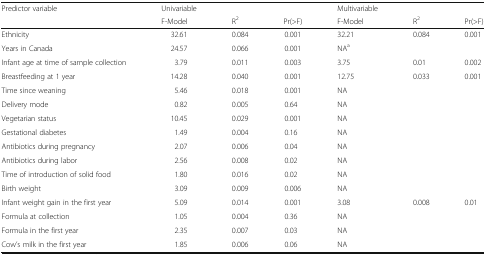
<table><thead><tr><td rowspan="2"><b>Predictor variable</b></td><td><b>Univariable</b></td><td colspan="2"></td><td><b>Multivariable</b></td><td colspan="2"></td></tr><tr><td><b>F-Model</b></td><td><b>R<sup>2</sup></b></td><td><b>Pr(&gt;F)</b></td><td><b>F-Model</b></td><td><b>R<sup>2</sup></b></td><td><b>Pr(&gt;F)</b></td></tr></thead><tbody><tr><td>Ethnicity</td><td>32.61</td><td>0.084</td><td>0.001</td><td>32.21</td><td>0.084</td><td>0.001</td></tr><tr><td>Years in Canada</td><td>24.57</td><td>0.066</td><td>0.001</td><td>NA<sup>a</sup></td><td></td><td></td></tr><tr><td>Infant age at time of sample collection</td><td>3.79</td><td>0.011</td><td>0.003</td><td>3.75</td><td>0.01</td><td>0.002</td></tr><tr><td>Breastfeeding at 1 year</td><td>14.28</td><td>0.040</td><td>0.001</td><td>12.75</td><td>0.033</td><td>0.001</td></tr><tr><td>Time since weaning</td><td>5.46</td><td>0.018</td><td>0.001</td><td>NA</td><td></td><td rowspan="8"></td></tr><tr><td>Delivery mode</td><td>0.82</td><td>0.005</td><td>0.64</td><td>NA</td><td></td></tr><tr><td>Vegetarian status</td><td>10.45</td><td>0.029</td><td>0.001</td><td>NA</td><td></td></tr><tr><td>Gestational diabetes</td><td>1.49</td><td>0.004</td><td>0.16</td><td>NA</td><td></td></tr><tr><td>Antibiotics during pregnancy</td><td>2.07</td><td>0.006</td><td>0.04</td><td>NA</td><td></td></tr><tr><td>Antibiotics during labor</td><td>2.56</td><td>0.008</td><td>0.02</td><td>NA</td><td></td></tr><tr><td>Time of introduction of solid food</td><td>1.80</td><td>0.016</td><td>0.02</td><td>NA</td><td></td></tr><tr><td>Birth weight</td><td>3.09</td><td>0.009</td><td>0.006</td><td>NA</td><td></td></tr><tr><td>Infant weight gain in the first year</td><td>5.09</td><td>0.014</td><td>0.001</td><td>3.08</td><td>0.008</td><td>0.01</td></tr><tr><td>Formula at collection</td><td>1.05</td><td>0.004</td><td>0.36</td><td>NA</td><td></td><td rowspan="3"></td></tr><tr><td>Formula in the first year</td><td>2.35</td><td>0.007</td><td>0.03</td><td>NA</td><td></td></tr><tr><td>Cow’s milk in the first year</td><td>1.85</td><td>0.006</td><td>0.06</td><td>NA</td><td></td></tr></tbody></table>